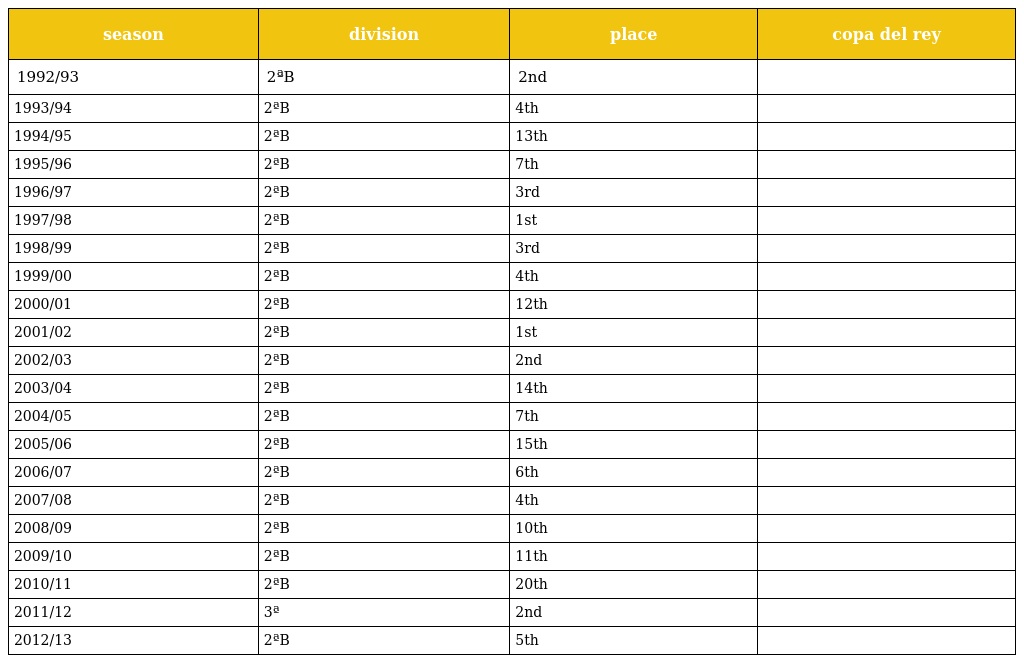
| season | division | place | copa del rey |
 | --- | --- | --- | --- |
 | 1992/93 | 2ªB | 2nd |  |
 | 1993/94 | 2ªB | 4th |  |
 | 1994/95 | 2ªB | 13th |  |
 | 1995/96 | 2ªB | 7th |  |
 | 1996/97 | 2ªB | 3rd |  |
 | 1997/98 | 2ªB | 1st |  |
 | 1998/99 | 2ªB | 3rd |  |
 | 1999/00 | 2ªB | 4th |  |
 | 2000/01 | 2ªB | 12th |  |
 | 2001/02 | 2ªB | 1st |  |
 | 2002/03 | 2ªB | 2nd |  |
 | 2003/04 | 2ªB | 14th |  |
 | 2004/05 | 2ªB | 7th |  |
 | 2005/06 | 2ªB | 15th |  |
 | 2006/07 | 2ªB | 6th |  |
 | 2007/08 | 2ªB | 4th |  |
 | 2008/09 | 2ªB | 10th |  |
 | 2009/10 | 2ªB | 11th |  |
 | 2010/11 | 2ªB | 20th |  |
 | 2011/12 | 3ª | 2nd |  |
 | 2012/13 | 2ªB | 5th |  |